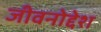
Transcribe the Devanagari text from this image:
जीवनोद्देश